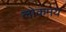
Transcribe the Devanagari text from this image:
लोकमय